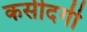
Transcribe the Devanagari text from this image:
कसीदगी